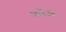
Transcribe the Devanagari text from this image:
फ़रेल